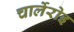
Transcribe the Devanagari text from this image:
चार्लेरोइ